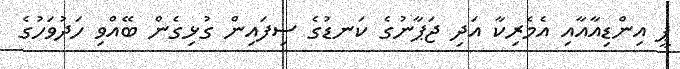
ޕީ އިންޑިއާއާއި އެމެރިކާ އަދި ޖަޕާނުގެ ކަނޑުގެ ސިފައިން ގުޅިގެން ބޭއްވި ހަދުވަހުގެ